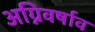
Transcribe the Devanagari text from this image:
अग्निवर्षाव